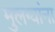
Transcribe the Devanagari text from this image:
मुलग्यांना